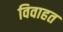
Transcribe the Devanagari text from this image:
विवाहत